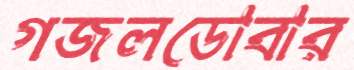
গজলডোবার